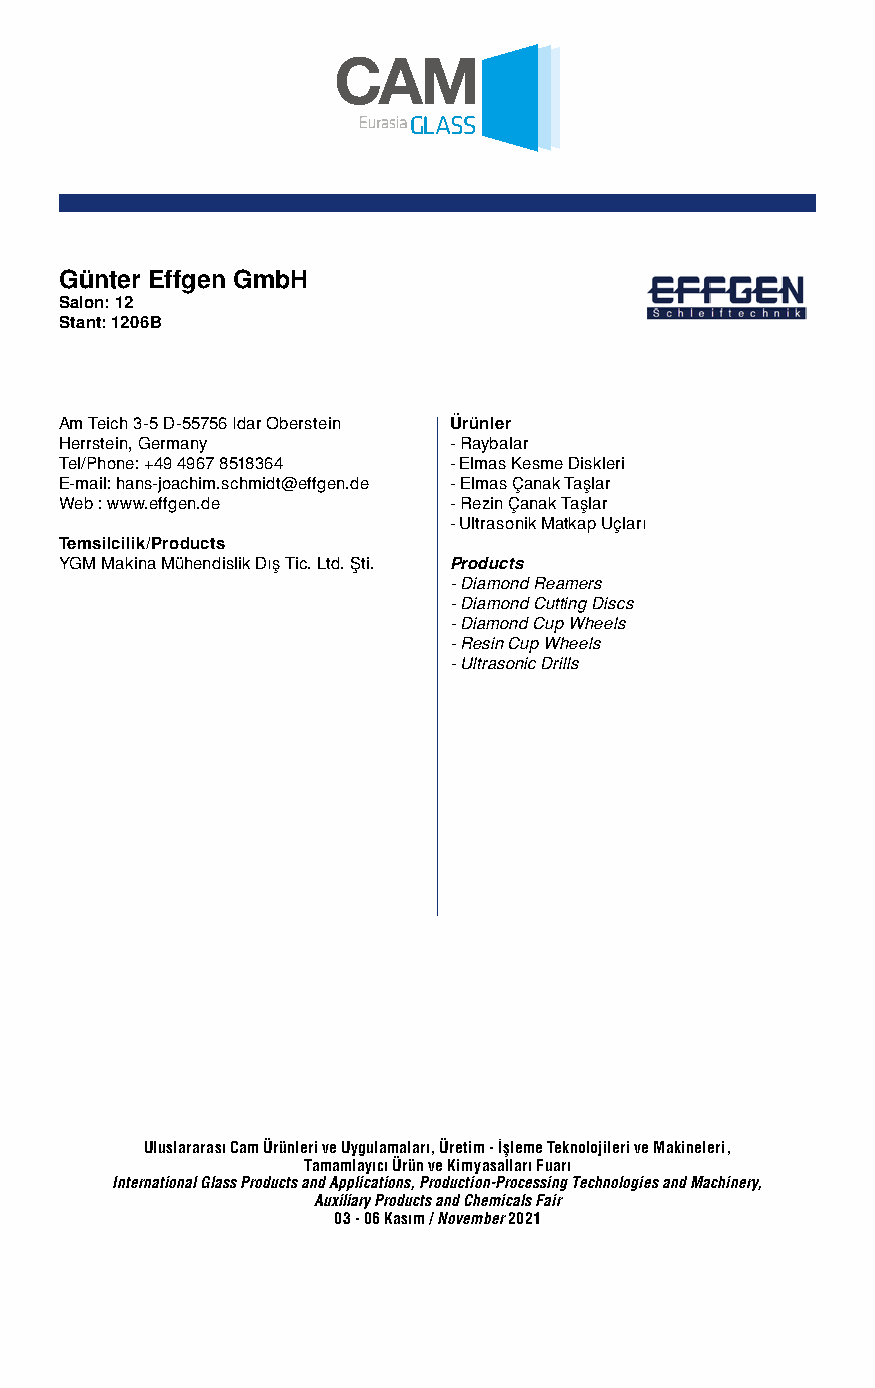
Günter Effgen GmbH
 Salon: 12
 Stant: 1206B
 Am Teich 3-5 D-55756 Idar Oberstein Ürünler
 Herrstein, Germany        - Raybalar
 Tel/Phone: +49 4967 8518364 - Elmas Kesme Diskleri
 E-mail: hans-joachim.schmidt@effgen.de - Elmas Çanak Taşlar
 Web : www.effgen.de       - Rezin Çanak Taşlar
 - Ultrasonik Matkap Uçları
 Temsilcilik/Products
 YGM Makina Mühendislik Dış Tic. Ltd. Şti. Products
 - Diamond Reamers
 - Diamond Cutting Discs
 - Diamond Cup Wheels
 - Resin Cup Wheels
 - Ultrasonic Drills
 Uluslararası Cam Ürünleri ve Uygulamaları, Üretim - İşleme Teknolojileri ve Makineleri,
 Tamamlayıcı Ürün ve Kimyasalları Fuarı
 International Glass Products and Applications, Production-Processing Technologies and Machinery,
 Auxiliary Products and Chemicals Fair
 03 - 06 Kasım / November 2021